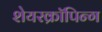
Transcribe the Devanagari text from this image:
शेयरक्रॉपिन्ग